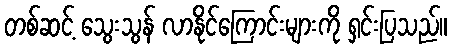
တစ်ဆင့် သွေးသွန် လာနိုင်ကြောင်းများကို ရှင်းပြသည်။